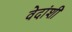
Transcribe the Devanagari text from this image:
वेदांशी